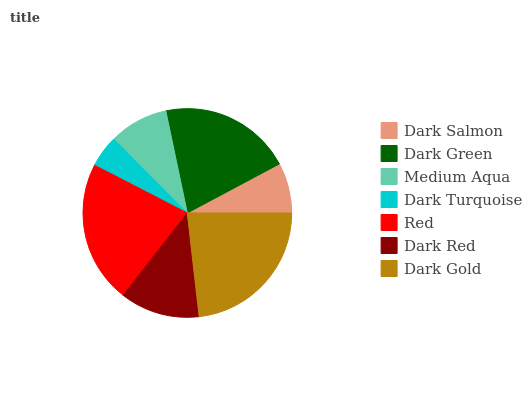
| Dark Salmon | Dark Green | Medium Aqua | Dark Turquoise | Red | Dark Red | Dark Gold |
 | --- | --- | --- | --- | --- | --- | --- |
 | 7.8% | 20.5% | 9.15% | 4.98% | 22% | 12.3% | 23.2% |